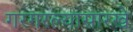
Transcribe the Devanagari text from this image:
गरगरल्यासारखे